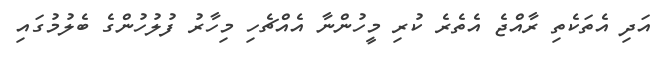
އަދި އެތަކެތި ރާއްޖެ އެތެރެ ކުރި މީހުންނާ އެއްޗެހި މިހާރު ފުލުހުންގެ ބެލުމުގައި